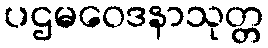
ပဌမဝေဒနာသုတ္တ